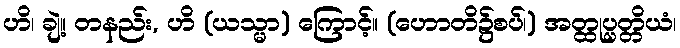
ဟိ၊ ချဲ့။ တနည်း, ဟိ (ယသ္မာ) ကြောင့်။ (ဟောတိ၌စပ်၊) အတ္ထုပ္ပတ္တိယံ၊